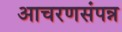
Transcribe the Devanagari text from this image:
आचरणसंपन्न